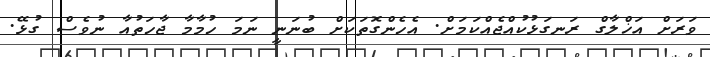
ވަރަށް އަޚްލާގް ރަނގަޅުކުއްޖެއްކަމަށް. އެހެންގޮތަކަށް ބުނަނީ ނަމަ ހުމާމާ ޖާހަތުއާ ނުވެސް ގުޅޭ.